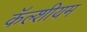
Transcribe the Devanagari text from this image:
कॅल्शीयम